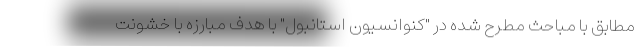
مطابق با مباحث مطرح شده در "کنوانسیون استانبول" با هدف مبارزه با خشونت